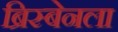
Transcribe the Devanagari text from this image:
ब्रिस्बेनला